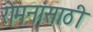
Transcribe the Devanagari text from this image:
रोमनांसाठी